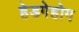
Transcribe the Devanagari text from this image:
हेडगेहोग